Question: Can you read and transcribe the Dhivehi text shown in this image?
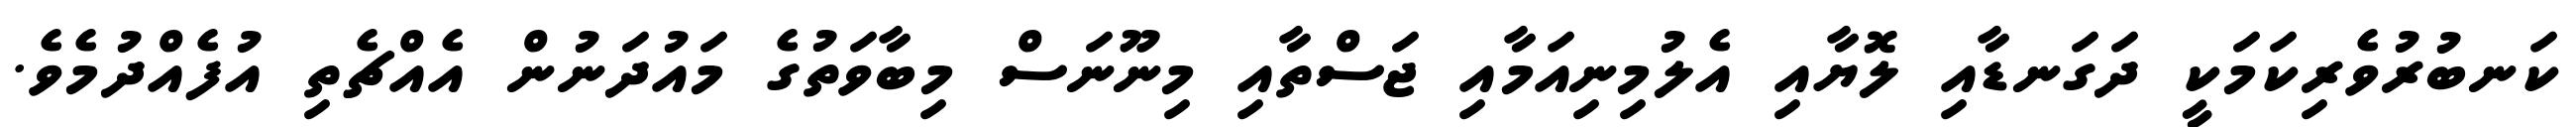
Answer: ކަނބުރުވެރިކަމަކީ ދަގަނޑާއި ލޮޔާއި އެލުމިނިއަމާއި ޖަސްތާއި މިނޫނަސް މިބާވަތުގެ މައުދަނުން އެއްޗެތި އުފެއްދުމެވެ.